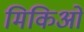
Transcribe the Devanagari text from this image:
मिकिओ